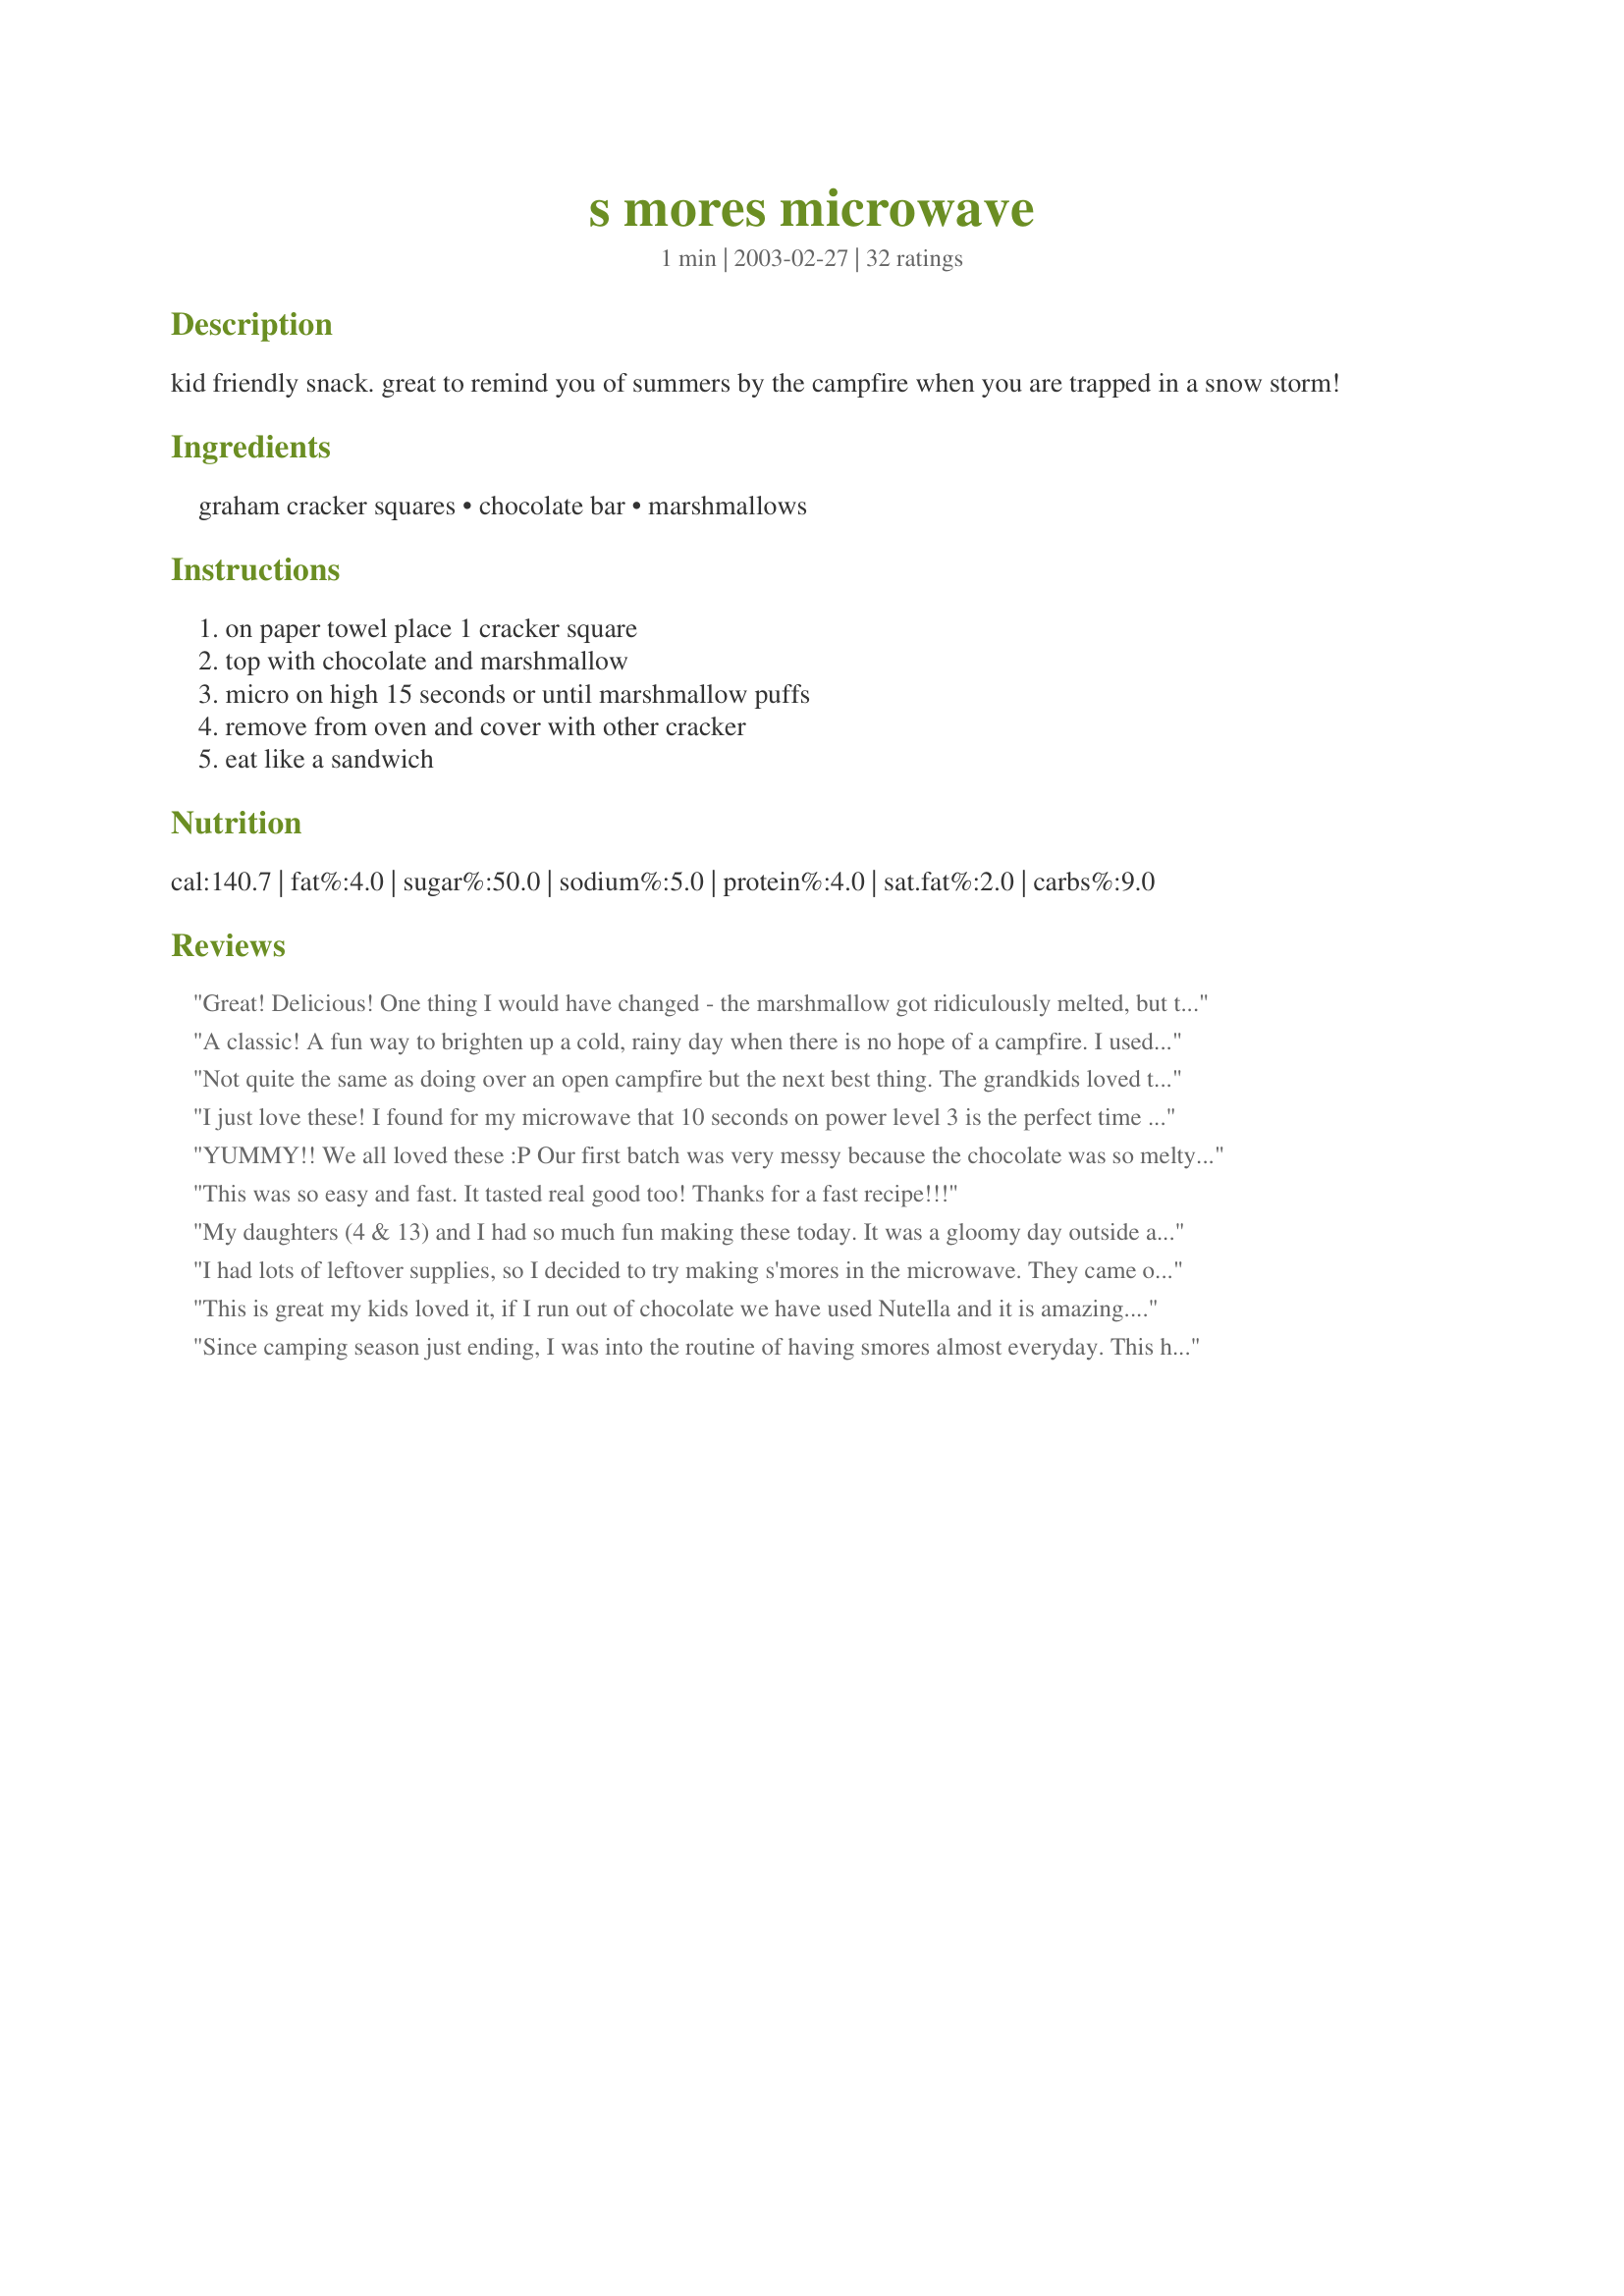
s mores microwave
Preparation time: 1 minutes

kid friendly snack. great to remind you of summers by the campfire when you are trapped in a snow storm!

Ingredients:
graham cracker squares, chocolate bar, marshmallows

Steps:
on paper towel place 1 cracker square, top with chocolate and marshmallow, micro on high 15 seconds or until marshmallow puffs, remove from oven and cover with other cracker, eat like a sandwich

Reviews:
Great! Delicious! One thing I would have changed - the marshmallow got ridiculously melted, but the chocolate was perfect! My suggestion is that you put the marshmallow on one graham cracker and toast it for 7 seconds. On a separate graham cracker, toast the chocolate for 15 secs. Great recipe!
A classic! A fun way to brighten up a cold, rainy day when there is no hope of a campfire. I used mini marshmallows and chocolate chips and they turned out great. Thanks!
Not quite the same as doing over an open campfire but the next best thing. The grandkids loved them!!
I just love these! I found for my microwave that 10 seconds on power level 3 is the perfect time to make the marshmallow puff but not go running all over the plate. Also, I put the "top" graham cracker on the same plate next to the bottom cracker, then on the top cracker I put one, unwrapped, piece of chocolate (Dove, Hershey, Cadburry, what ever I have) that way both the chocolate and crackers are a bit soft. Also, I have tried using Dove chocolate covered carmel center squares of goodness for these and oh my goodness! Sheer Bliss!!
YUMMY!! We all loved these :P Our first batch was very messy because the chocolate was so melty. For the next batch, we only nuked the marshmallows on top of the crackers and then added the chocolate after they came out. The chocolate still partially melted from the hot marshmallows, but it wasn't dripping. Thanks for posting this! I know it seems simple, but having a starting point as far as how much chocolate and microwave time helped. P.S. We only needed 10 seconds for each pair.
This was so easy and fast. It tasted real good too! Thanks for a fast recipe!!!
My daughters (4 & 13) and I had so much fun making these today. It was a gloomy day outside and we wanted to try something fun to lift the mood so we decided to try this recipe. We weren't sure what to expect. We were half expecting these to taste soggy but they didn't. They were so good! Yum! Thanks for posting!!!
I had lots of leftover supplies, so I decided to try making s'mores in the microwave. They came out so well, I wondered if others were doing the same thing. This recipe is exactly what I was doing, with one small change.
This is great my kids loved it, if I run out of chocolate we have used Nutella and it is amazing. Thanks for the great, kid friendly recipe.
Since camping season just ending, I was into the routine of having smores almost everyday. This helped the craving alot! Thanks for a simple, fast, light and desiried craving recipe!
I gave this 5 stars. My family loves microwaved smores. We have smores when we go camping and in the winter months we crave them so I've been doing microwave smores for years. Thanks for posting a yummy recipe! Christine (internetnut)
I've been craving s'mores for the longest time and this finally satisfied my craving! I used a few milk chocolate chips since that was all I had and it worked perfectly. The only problem now is that I'm completely hooked on these!! Thanks a lot! ;)
This is by far my favorite way to eat s'mores! I love to top the bottom cracker with the chocolate and to microwave that for 5-10 seconds before adding the marshmallow. That just helps the chocolate melt a tiny bit more (although it definitely makes it more messy too! :) These treats are very kid friendly and are so fun and easy to make! The only other change I made from the recipe were to use a plate to microwave on, rather than a paper towel, because the marshmallow tended to stick to the paper towel a little when I heated them that way. Absolute perfection! Thank you!
My 10yr old DD made these for her friends who were staying over night....they loved them and she took pride in her indepence in the kitchen. Easy and delicious. Thanks!
Yum! We missed our campfire s'mores last week due to cold weather at the beach. This was a perfect way to end Friday pizza night! :)
Super easy! Super quick. Cooking times will vary depending on your microwave. Just keep an eye on it! This was the perfect treat for desert tonight in honor of the last day of school.
Thanks for posting Laurie. These were good for indoors and easy and quick. The only thing was that the marshmallows puffed up so much at 9 seconds I had to stop then and the chocolate didn't melt well at the same time that I had to take them out for the marshmallows. Next time I will melt the chocolate separately on the other graham cracker so I can control the time of each. The kids enjoyed them and it was a fun indoor treat. I made as written but the marshmallows stuck to the paper towel so I moved batch #2 to a plate. Thanks for sharing. Enjoy! ChefDLH
I prepared these as a quick fix for a sweet craving. I microwave the 1st cracker topped with chocolate for 15 seconds in order to melt it slightly, then add the marshmallow for another 20-30 seconds before topping with the 2nd cracker. Mmmm. Melted, gooey goodness. Of course, on a campfire is better, but these are hard to resist, too.
Delicious! my kids loved. I nuked the marshmallow on 1 square for 10 sec. and then did chocolate on another square for 10 seconds. Will make often!
A quick and easy way of making s'mores inside your own home instead of the outdoor camp fire.
This is nothing new to me because i have always made them this way when i didn't have a good fire to toast the marshmallows on.

Its easy and quick.
My brother and I used to do this as kids, and now my kids are doing it as well. The only reason I don't give it a full 5 stars is because there is no replacing that chared marshmallow flavor when you heat it over an open fire.
It works even better than the toaster oven! Easy enough for kids to make themselves. Thanks, Laurie, for posting!
I love making these. A nice quick snack. We like to serve them with ice cream.
This is an amazing dessert for only taking 15 seconds!!! I really enjoy them - and I am far from being a kid - believe me!! Thanks for posting!
My range was broken, and we wanted something sweet, but not many options (tired of Ice cream and store bought cookies). This easily and quickly filled that need, and they were very good! Definitely will try these again!
Fantastic! Now I don't have to wait for a holiday BBQ to indulge!
Nice and easy and messy and ooey gooey good. My kids were literally in heaven. My marshmallows kept rolling off the crackers in the microwave - runaway marshmallows!
not much other to say than PERFECTION! :)
Would you believe this was the first s'more I've ever had. Don't know how I missed out on them! Guess when I was round the campfire, this recipe hadn't come into being yet. No matter, now I've tried them and will be trying them again and again. Mine were very messy to eat but that was the fun of it --course I had loaded some extra chocolate into the sandwiches, too. Thanks for bringing me up-to-date!
These are great. The kids and I really enjoyed making and eating these. We followed the recipe as written except ours only took 9 seconds on high. They were so yummy.
My students were obsessed with this recipe this year. So easy and good. They loved that this is something simple enough for them to make on their own. Thanks for sharing!
